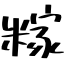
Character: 糘